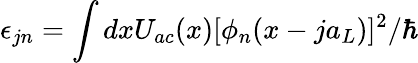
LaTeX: \epsilon_{jn}=\int dxU_{ac}(x)[\phi_{n}(x-ja_{L})]^{2}/\hbar